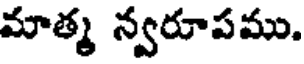
మాత్మ న్వరూపము.